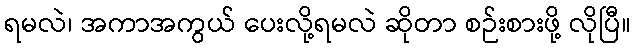
ရမလဲ၊ အကာအကွယ် ပေးလို့ရမလဲ ဆိုတာ စဉ်းစားဖို့ လိုပြီ။